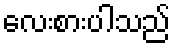
လေးစားပါသည်